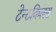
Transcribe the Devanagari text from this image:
टेन्टकिलस